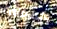
بالمغادرة